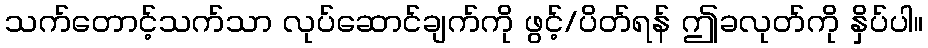
သက်တောင့်သက်သာ လုပ်ဆောင်ချက်ကို ဖွင့်/ပိတ်ရန် ဤခလုတ်ကို နှိပ်ပါ။